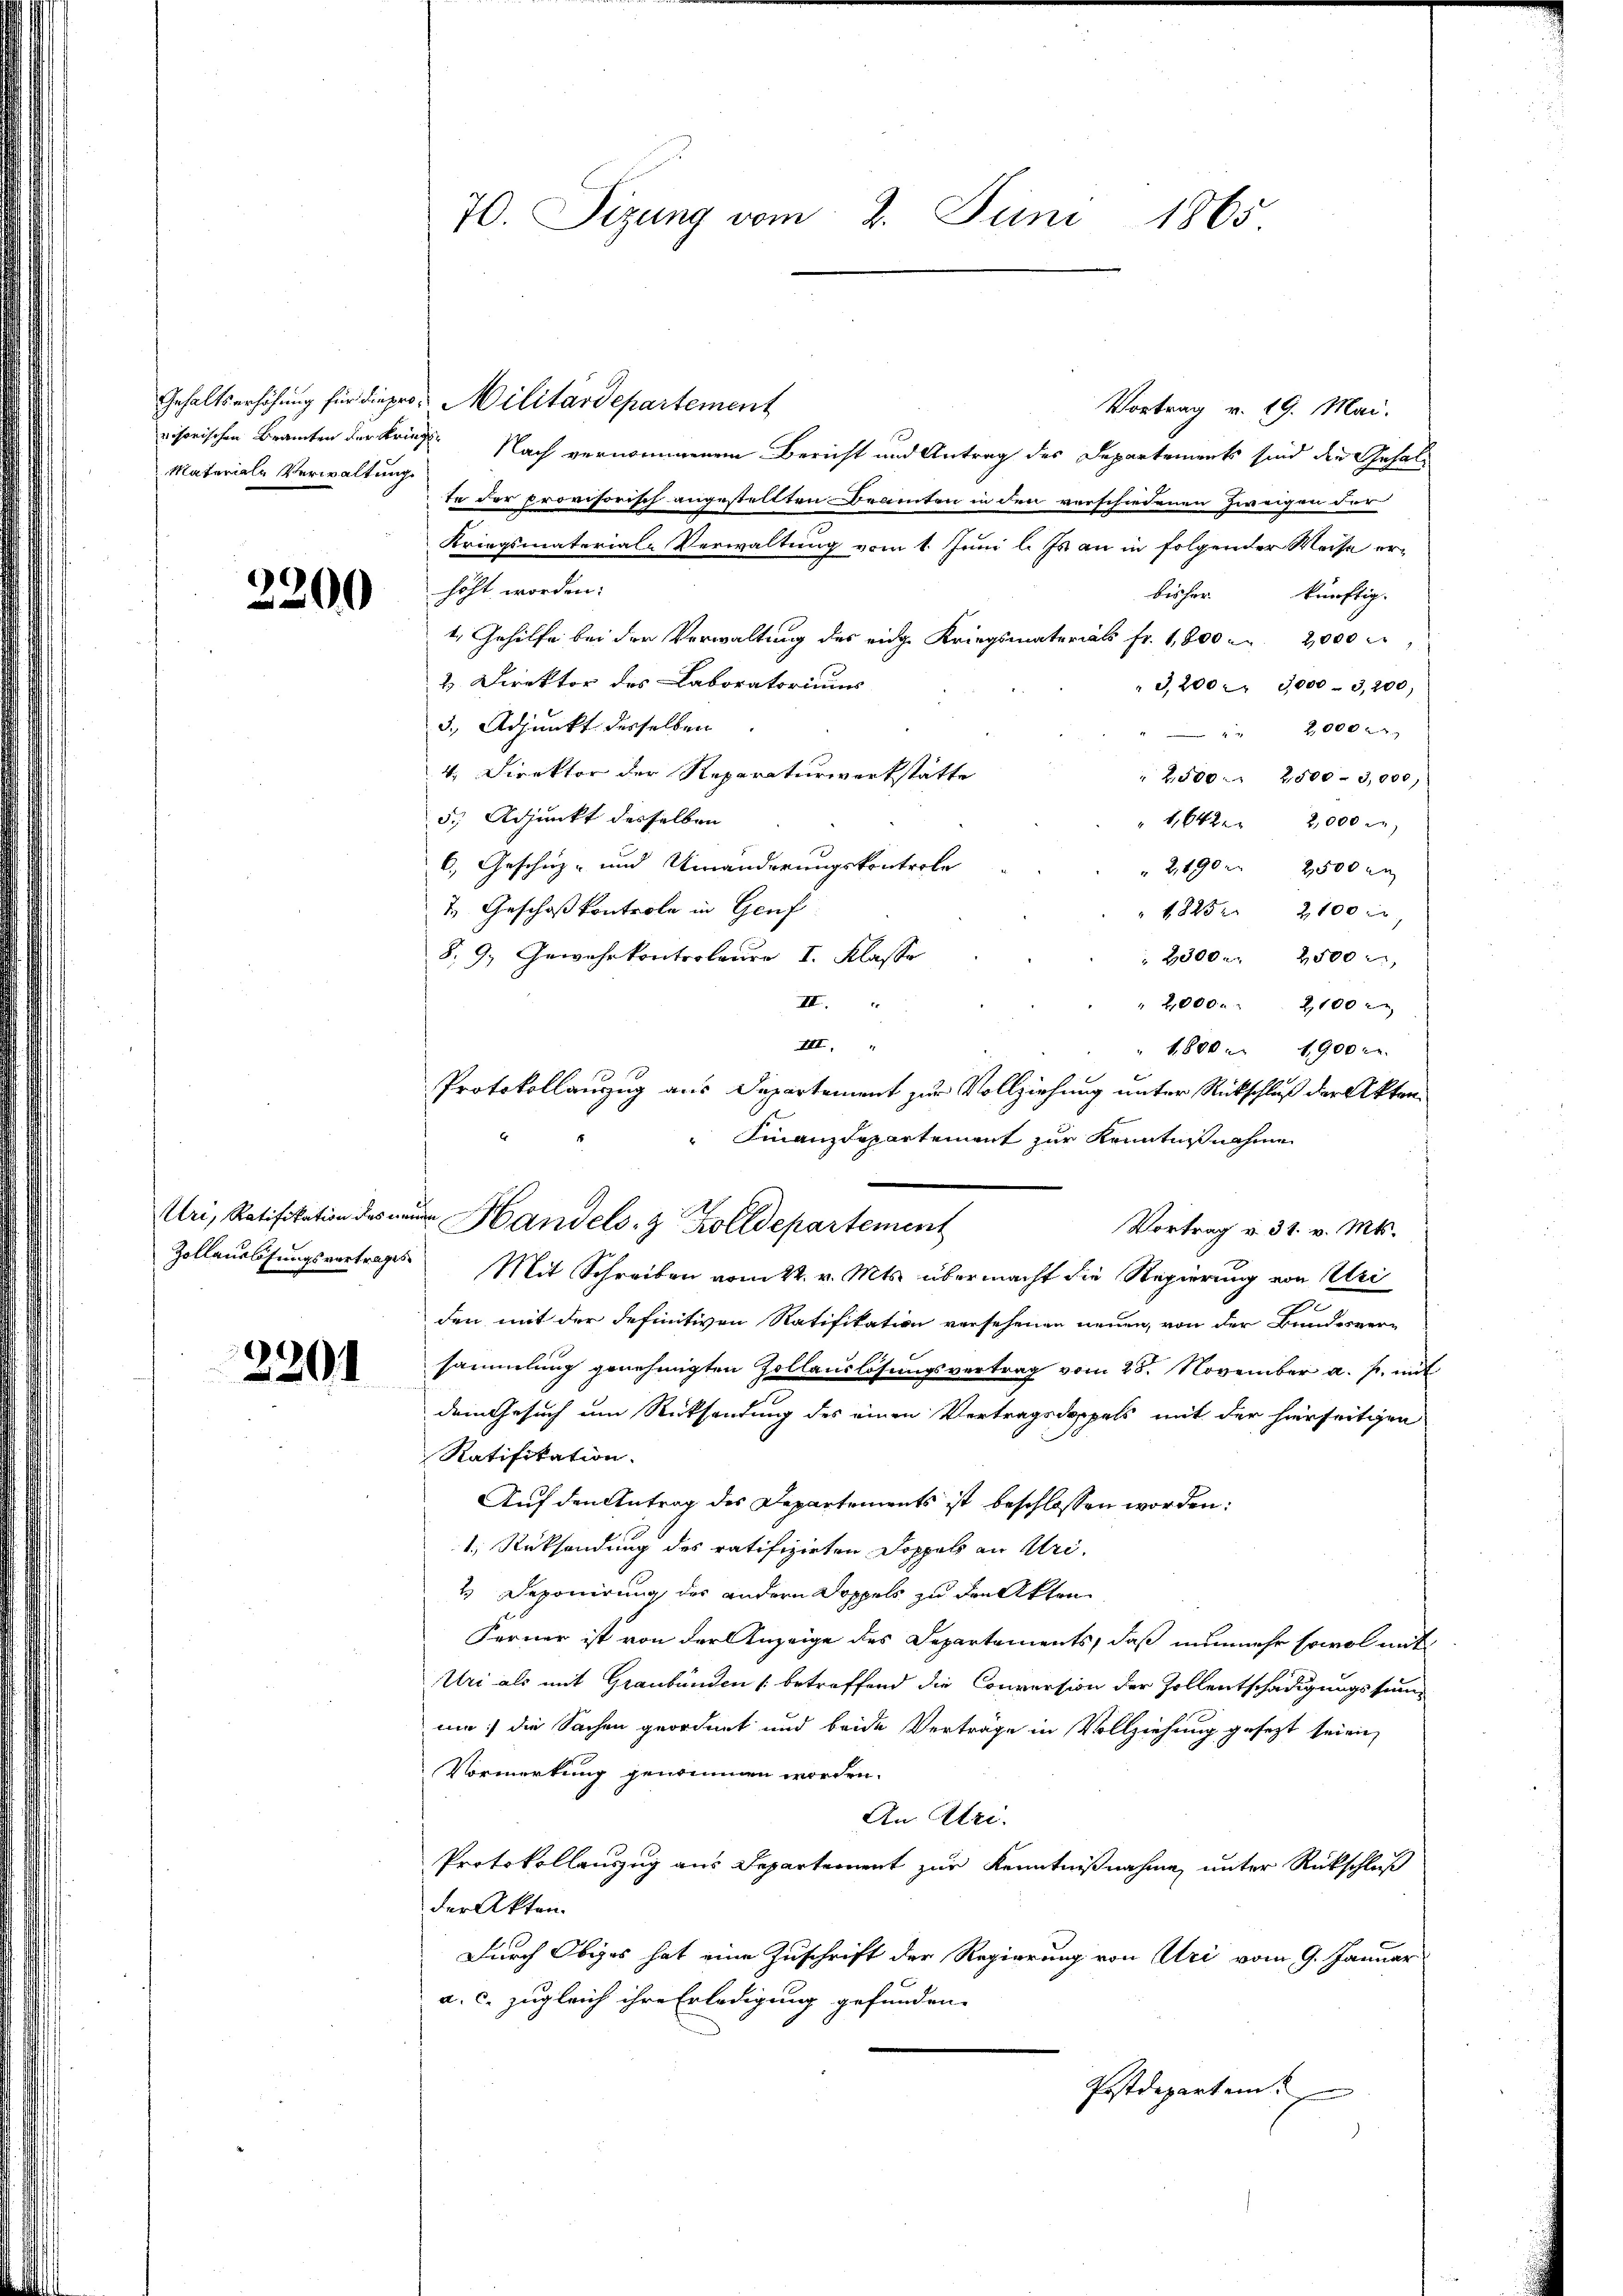
Gehaltserhöhung für die pro
visorischen Branten der Krie
Materiale Verwaltung.

2200

Uri, Ratifikation des neu
Zollauslösungsvortrages

2201

70. Sizung vom 2. Juni 1865

Protokollanzug aus Departement zur Vollziehung unter Rückschluß der Akten¬
Finanzdepartement zur Kenntnißnahme
i Handels- & Zolldepartement

Militärdepartement
Vortrag v. 19. Mai.
 Nach vernommenem Bericht und Antrag des Departements sind die Gehalte der provisorisch angestellten Beamten in den verschiedenen Zweigen der
Kriegsmaterial-Verwaltung vom 1. Juni l. Js. an in folgender Weise erhöht worden:
beicher
künftig.
1. Gehilfe bei der Verwaltung des eidge Kriegsmaterials fr. 1,800 n 2000 M
2 Direktor des Laboratoriums
3,200 " 3000 - 3,200)
3. Adjunkt desselben
 " " 2,000
4. Direktor der Reparaturwerkstatte
2,500. 2500 - 3,000,
5.) Adjunkt desselben
1,642 2,000 M
6. Geschäz- und Umänderungskontrole
" 2,490 n 2500 an
2. Geschoß kontrole in Genf
1825. 2100 r
8. 9. Gewehrkontroleur I. Klasse
2300. 2500
VII.
2,000. 2100
III.
" 1800. 1900 c.
Vortrag v. 31. v. Mts.
Mit Schreiben vom 22. v. Mts. übermacht die Regierung von Uri
d
den mit der definitiven Ratifikation versehenen neuen, von der Bundesversammlung genehmigten Hollauslösungsvertrag vom 25. November a. s. mit
dem Gesuch um Rücksendung des einen Vertragsdoppels mit der hierseitigen
Ratifikation.
Auf den Antrag des Departements ist beschlossen worden:
1.) Rücksendung des ratifizirten Doppels an Uri.
2 Deponirung des andern Doppels zu den Akten
Ferner ist von der Anzeige des Departements, daß nunmehr sowol mit
Uri als mit Graubünden (betreffend die Conversion der Zollentschädigungssumum: die Sachen geordnet und beide Verträge in Vollziehung gesezt seien,
Vormerkung genommen worden.
An Ulri
Protokollauszug aus Departement zur Kenntnißnahme unter Rückschluß
der Akten.
Durch Obiges hat eine Zuschrift der Regierung von Uri vom 9. Januar
a. c. zugleich ihre Erledigung gefunden.
Postdepartem
d